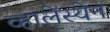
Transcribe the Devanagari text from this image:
व्हालेंस्येन